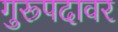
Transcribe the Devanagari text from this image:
गुरूपदावर